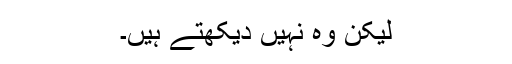
لیکن وہ نہیں دیکھتے ہیں۔